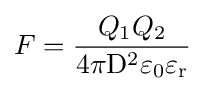
{F}={\frac {Q_{1}Q_{2}}{4\pi \mathrm {D} ^{2}\varepsilon _{0}\varepsilon _{\mathrm {r} }}}